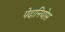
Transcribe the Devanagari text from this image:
पेदानियोस